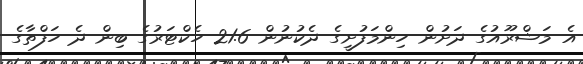
އެ މަޝްރޫއުގެ ދަށުން ހިންމަފުށީގެ ދެކުނުން 21.6 ހެކްޓަރުގެ ބިން ދެ ހަފްތާގެ